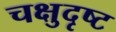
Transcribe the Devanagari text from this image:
चक्षुदृष्ट